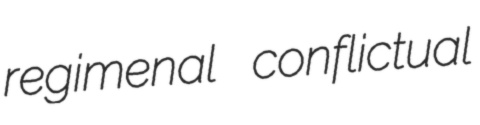
regimenal conflictual